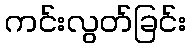
ကင်းလွတ်ခြင်း